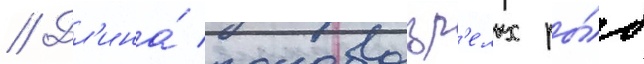
// Дл'ина́ половозр'елых ры́б